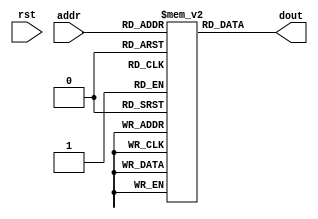
`timescale 1ns / 1ps
//////////////////////////////////////////////////////////////////////////////////
// Company: 
// Engineer: 
// 
// Design Name: 
// Module Name: im_4k
// Project Name: 
// Target Devices: 
// Tool Versions: 
// Description: 
// 
// Dependencies: 
// 
// Revision:
// Revision 0.01 - File Created
// Additional Comments:
// 
//////////////////////////////////////////////////////////////////////////////////


module im_4k( rst, addr, dout );
    input rst;
    input [11:2] addr;
    output [31:0] dout;
        
    reg [31:0] imem[1023:0];
    
    /*always @(posedge rst)
    if(rst)
    begin
        imem[0]=32'h00000026;
    imem[1]=32'h24021234;
    imem[2]=32'h30433456;
    imem[3]=32'h00432021;
    imem[4]=32'h00622823;
    imem[5]=32'hac020000;
    imem[6]=32'hac030004;
    imem[7]=32'hac040008;
    imem[8]=32'hac050010;
    imem[9]=32'h341d000c;
    imem[10]=32'h38416543;
    imem[11]=32'h00230824;
    imem[12]=32'h00240825;
    imem[13]=32'hac01000c;
    imem[14]=32'h8c050000;
    imem[15]=32'h10450001;
    imem[16]=32'h8c030004;
    imem[17]=32'h8c050004;
    imem[18]=32'h1465fffd;
    imem[19]=32'h0c000c15;
    imem[20]=32'hac02000c;
    imem[21]=32'h00a23023;
    imem[22]=32'hafa6fffc;
    imem[23]=32'h08000c19;
    imem[24]=32'hac02000c;
    imem[25]=32'h1464ffff;
    end
    */
    assign dout = imem[addr];
endmodule